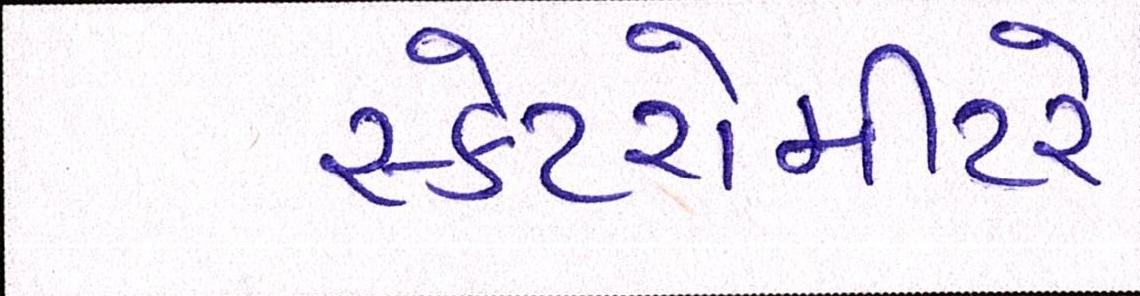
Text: સ્કેટરોમીટરે